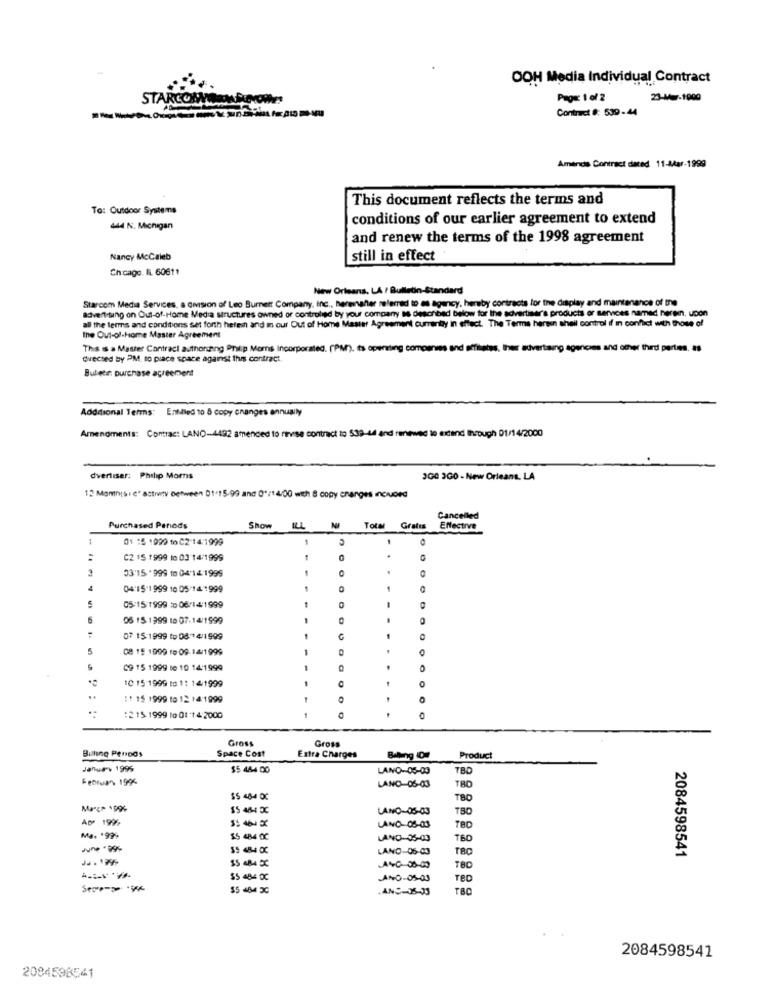
OOH Media Individual Contract
STARCOMWARMROOM
Page: 1 of 2
23-Mw7-1900
Contract #: 539-44
Amincis Contract dated 11-44ar-1999
This document reflects the terms and
To: Outdoor Systems
conditions of our earlier agreement to extend
444 N. Michigan
and renew the terms of the 1998 agreement
Nancy McCaleb
still in effect"
Chicago. IL. 60611
New Orleans, LA / Bulletin-Standard
Starcom Media Services, a division of Leo Burnett Company, Inc ., hereinafter referred to as agency, hereby contracts for the display and maintenance of the
advertising on Out-of-Home Media structures owned of controled by your company as described below for the advertiser's products or services named herein, upon
all the terms and conditions set forth helesh and in our Out of Home Master Agreement currently in effect. The Terms herein theil control if in conflict with those of
the Out-of-Home Master Agreement
This is a Master Contract authoring Philip Moms Incorporated. (PM), ts operating companies and affiliates, their advertising agencies and other third parties, as
Cvecsed by PM, to piace space against this contract.
Bubeen purchase agreement
Additional Terms: Entiled 10 & copy changes annually
Amendments: Contrac: LANO-4492 amended to rinvese contract to 532-44 and renewed to extend Ihrough 01/14/2000
dvertiser: Philip Moms
JG0 3GO - New Orleans, LA
12 Momnis : c" activity Detween 01+15-99 and 0º/14/00 wich & copy changes Included
Cancelled
Purchased Penods
Show
ILL
Total
Gratis
Effective
01 :5 1990 to C2 14:1999
C2 15 1999 10 03 14/1999
03'15 .999 10 04:14 1999
0
04:15-1 999 10 05 14 1999
5
05:15/1999 :0 06/14/1999
05 15 1999 to 07-14/1999
-
07 15:1999 to 08 ** 4/1599
5
08 15 1999 10 09-14/1999
O
C9 15 1999 to 10 14:1999
10 15 1999 to 1: 14/1999
0
..
11 15 1999 10 1_ 14:1999
:2 15 1999 to 01 -14:2000
Gross
Gross
Billing Penods
Space Cost
Extra Charges
Balling IO
Product
January 1995
$5 484 00
LANO-05-03
780
LAND-05-03
TBO
SS 484 0C
TBO
$5 464 30
LANO-05-03
ADP 199%
LANG-08-03
TBD
Ma. '999
$5 484 0C
LAND-05-03
TBD
LAND-06-03
TBC
2084598541
ANO-05-03
TED
.ANC-35-33
2084598541
2084598541